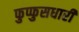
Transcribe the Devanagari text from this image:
फुप्फुसधारी